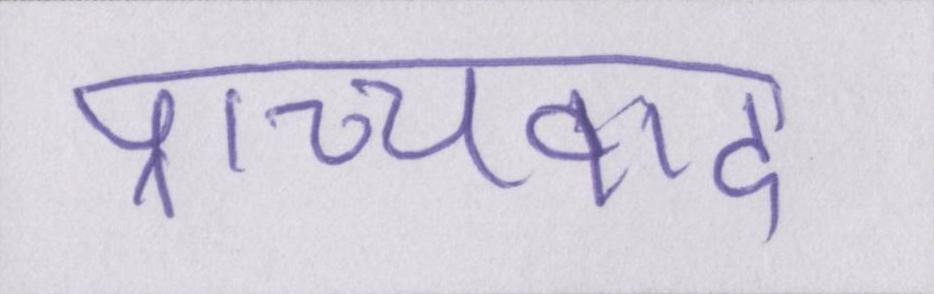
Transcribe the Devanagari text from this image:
प्राच्यवाद